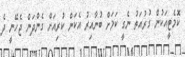
ކޮމެޓީއަކުން ގުރުއަތު ނެގީ ކަމަށް ބުނާއިރު އެކަން ކުރިއަށް ގެންދަން ޖެހޭނީ ދެ